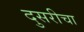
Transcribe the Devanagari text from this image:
दुसरीचा